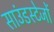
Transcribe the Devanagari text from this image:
साउंडस्टेजों